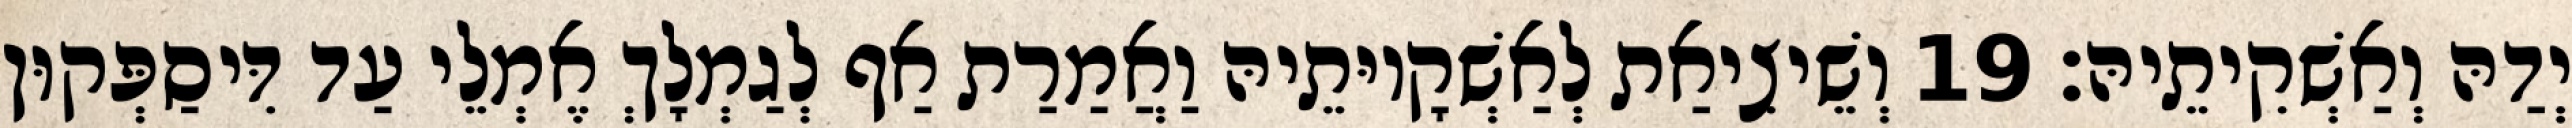
יְדַהּ וְאַשְׁקִיתֵיהּ׃ 19 וְשֵׁיצִיאַת לְאַשְׁקָיוּתֵיהּ וַאֲמַרַת אַף לְגַמְלָךְ אֶמְלֵי עַד דִּיסַפְּקוּן